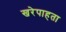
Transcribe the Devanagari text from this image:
खरेपाहता